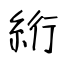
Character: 絎